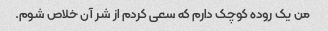
من یک روده کوچک دارم که سعی کردم از شر آن خلاص شوم.